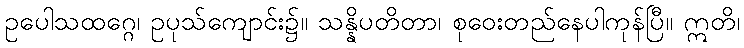
ဥပေါသထဂ္ဂေ၊ ဥပုသ်ကျောင်း၌။ သန္နိပတိတာ၊ စုဝေးတည်နေပါကုန်ပြီ။ ဣတိ၊